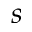
s